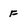
Character: F